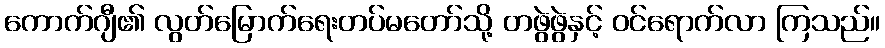
ကောက်ဂျီ၏ လွတ်မြောက်ရေးတပ်မတော်သို့ တဖွဲဖွဲနှင့် ဝင်ရောက်လာ ကြသည်။